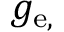
g _ { \mathrm { e , \ell } }